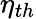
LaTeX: \eta_{th}